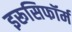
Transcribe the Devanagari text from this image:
इरूसिफॉर्म